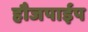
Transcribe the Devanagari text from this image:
हौजपाईप